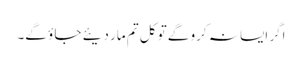
اگر ایسا نہ کرو گے تو کل تم مار دیئے جا ؤ گے۔